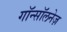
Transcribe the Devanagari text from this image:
गॉन्सॉलनेज़